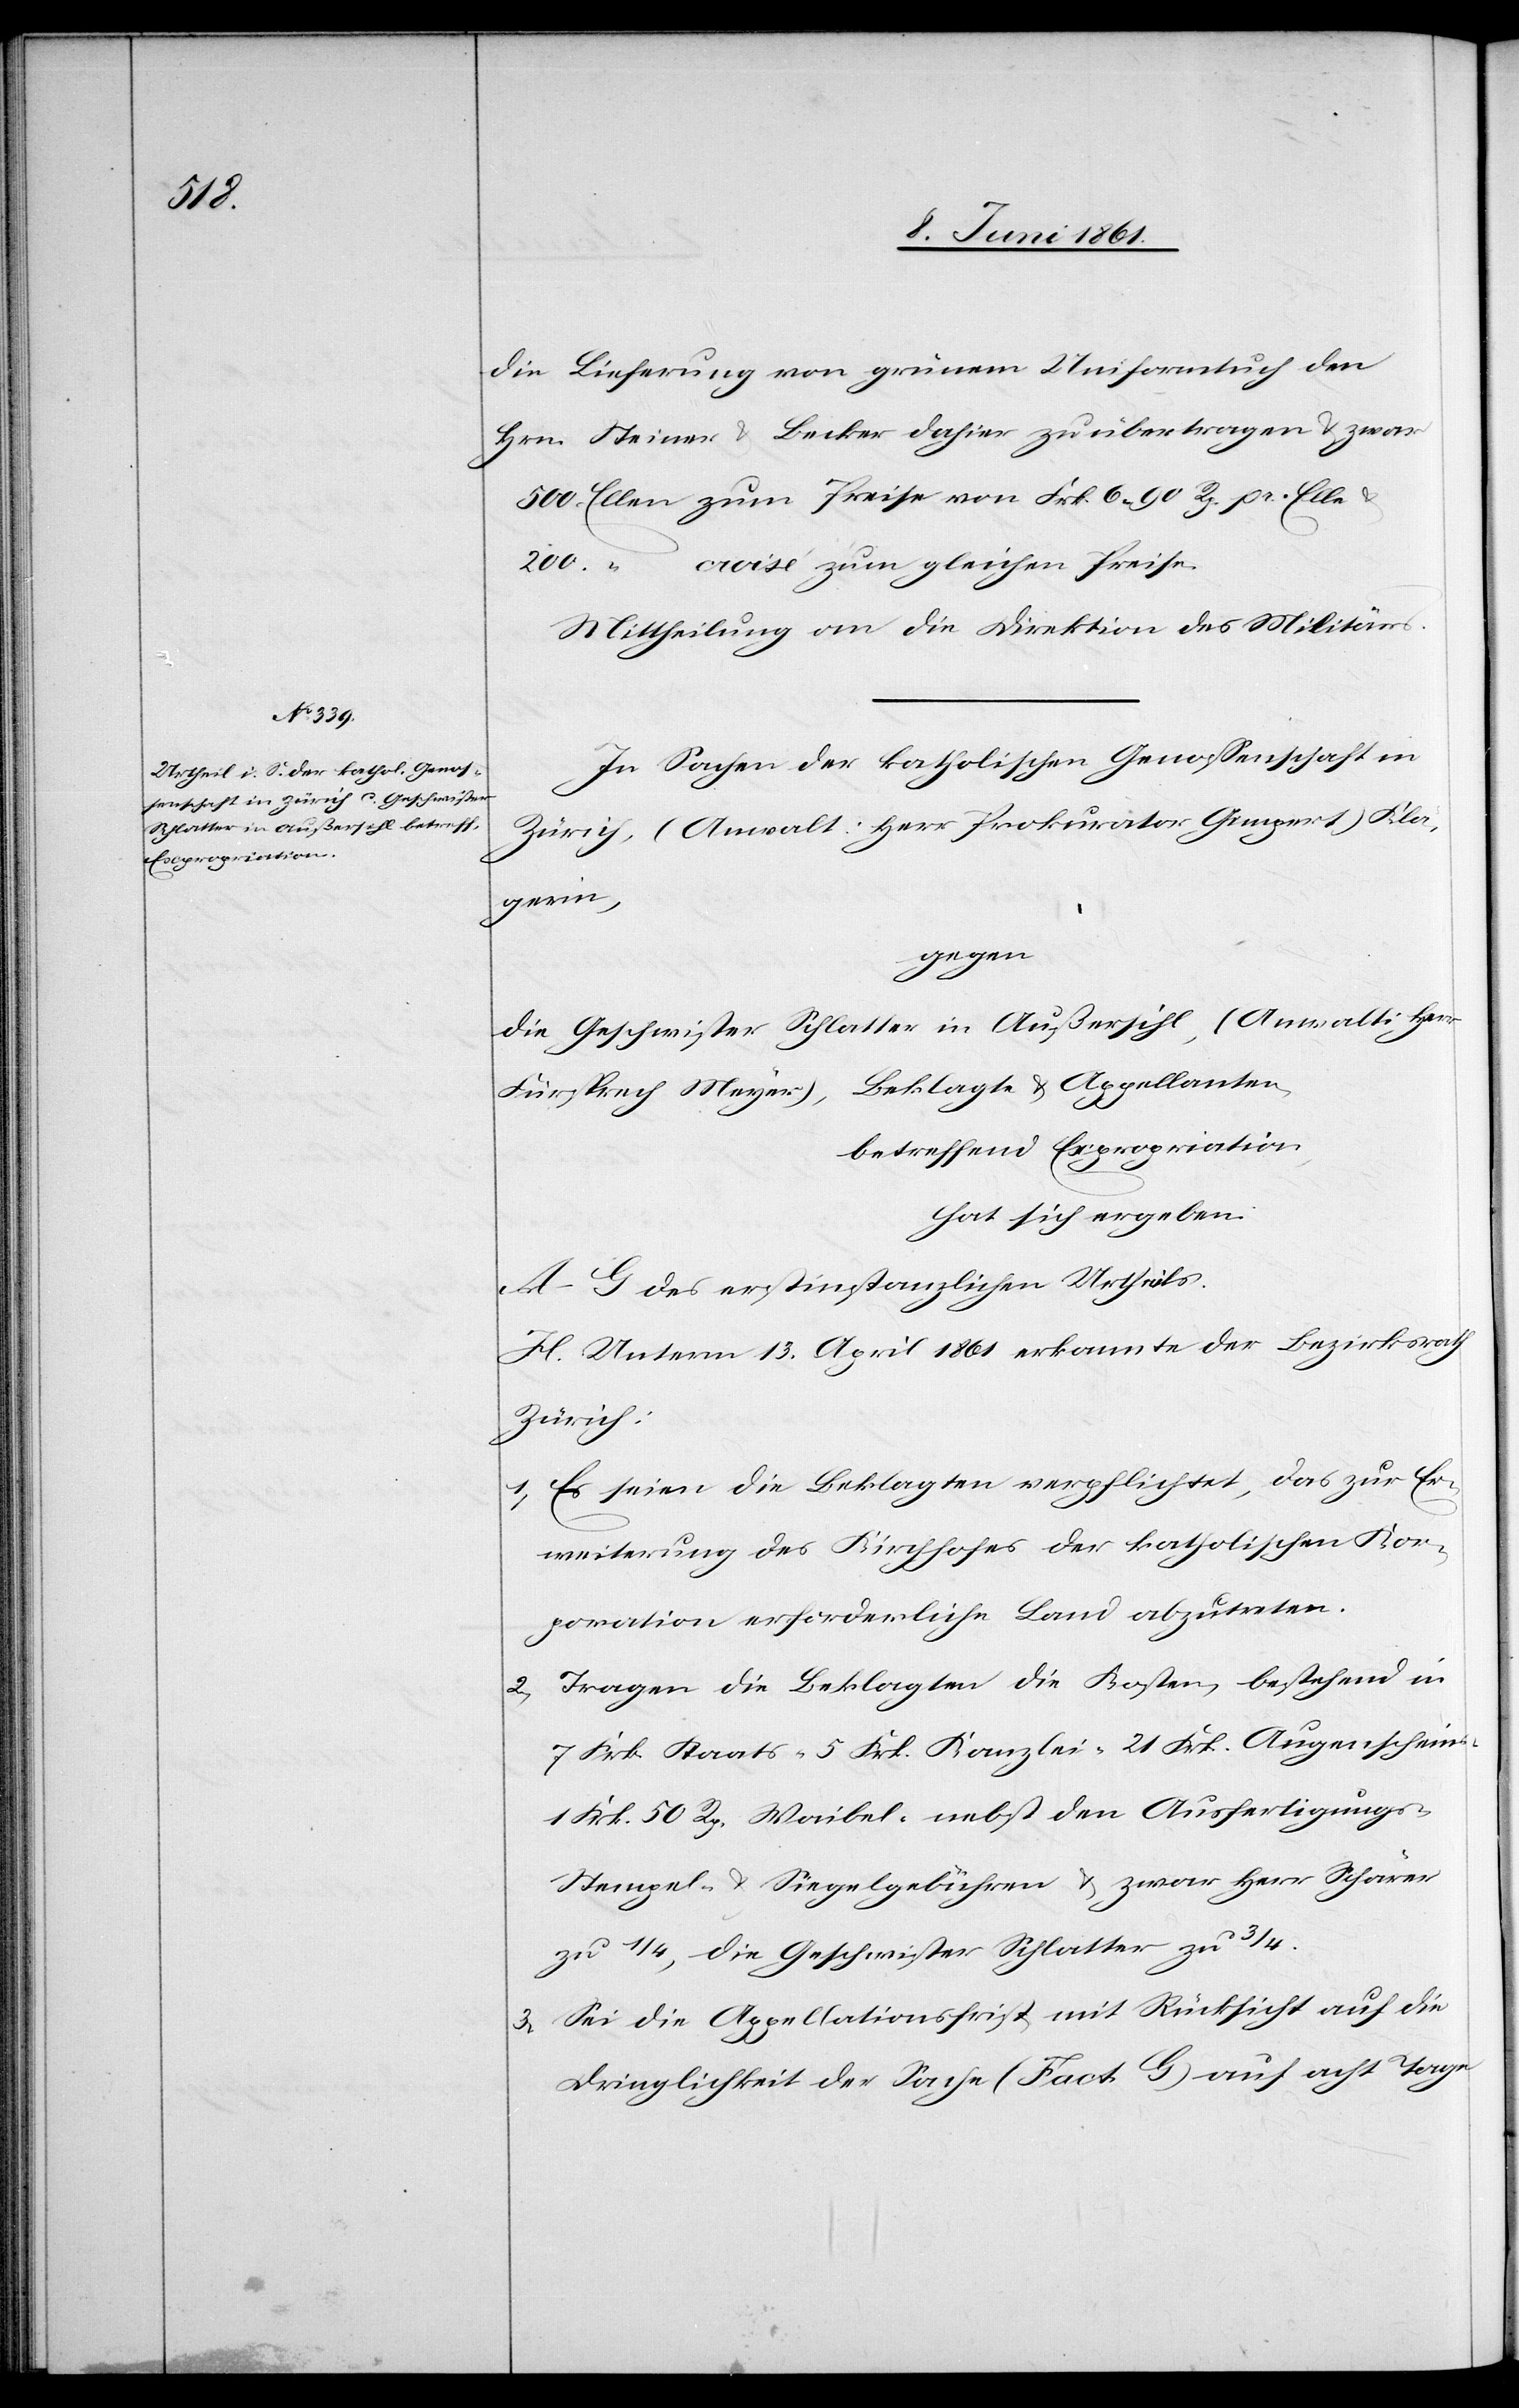
die Lieferung von grünem Uniformtuch den
Hrn. Steiner u. Becker dahier zu übertragen u. zwar
500 Ellen zum Preise von Frk. 6 90 Rp. pr. Elle u.
200 “ croisé zum gleichen Preise.
Mittheilung an die Direktion des Militärs.
In Sachen der katholischen Genossenschaft in
Zürich, (Anwalt: Herr Prokurator Gimpert) Klä¬
gerin,
gegen
die Geschwister Schlatter in Außersihl, (Anwalt: Herr
Fürsprech Meyer), Beklagte u. Appellanten,
betreffend Expropriation,
hat sich ergeben:
A–G des erstinstanzlichen Urtheils.
H. Unterm 13. April 1861 erkannte der Bezirksrath
Zürich;
1. Es seien die Beklagten verpflichtet, das zur Er¬
weiterung des Kirchhofes der katholischen Kor¬
poration erforderliche Land abzutreten.
2. Tragen die Beklagten die Kosten, bestehend in
7 Frk. Staats-[,] 5 Frk. Kanzlei-[,] 21 Frk. Augenscheins-[,]
1 Frk. 50 Rp. Waibel-[,] nebst den Ausfertigungs-[,]
Stempel- u. Siegelgebühren u. zwar Herr Schärer
zu 1/4, die Geschwister Schlatter zu 3/4.
3. Sei die Appellationsfrist mit Rücksicht auf die
Dringlichkeit der Sache (Fact. G) auf acht Tage